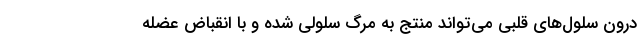
درون سلول‌های قلبی می‌تواند منتج به مرگ سلولی شده و با انقباض عضله